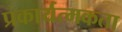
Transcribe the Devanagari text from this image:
प्रकार्यत्मकता